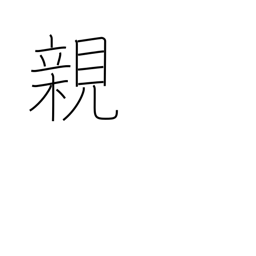
Meaning: parent